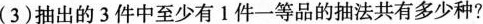
(3)抽出的3件中至少有1件一等品的抽法共有多少种?